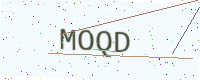
Text: MOQD